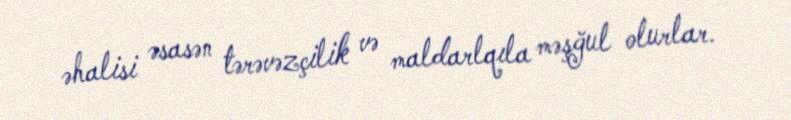
əhalisi əsasən tərəvəzçilik və maldarlqıla məşğul olurlar.